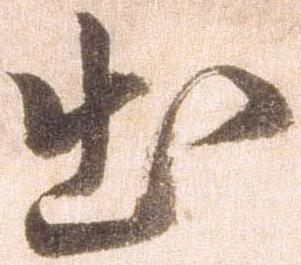
出